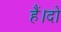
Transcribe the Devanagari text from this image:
हैं।दो